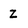
Character: Z